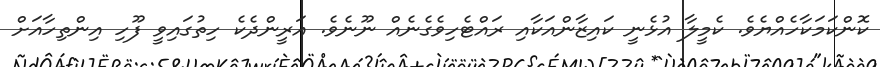
ކޮންކަމަކާހެއްޔެވެ. ކެމީލާ އުޅެނީ ކައިޒާންއަކާއި ރައްޓެހިވެގެނެއް ނޫނެވެ. އަރީންދެކެ ހިތުގައިވީ ފޫހި އިންތިހާއަށް